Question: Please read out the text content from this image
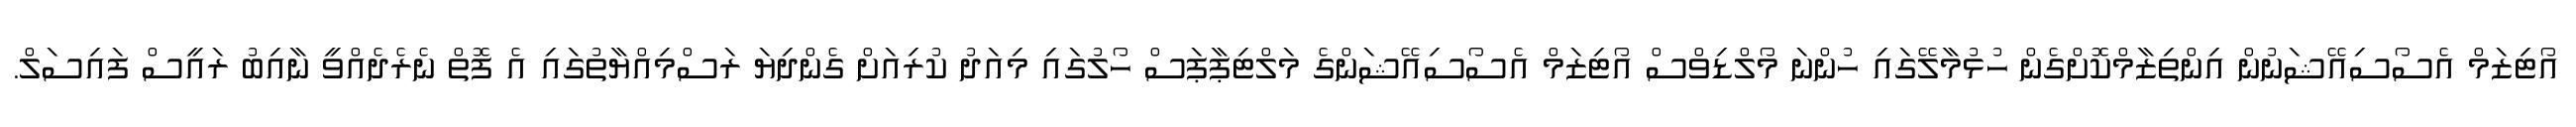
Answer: އޯޓިޒަމް އެސޯސިއޭޝަނުން އިންތިޒާމްކޮށްގެން ހުޅުމާލޭގައި ހުންނަ މޯލްޑިވްސް އޯޓިޒަމް އެސޯސިއޭޝަންގެ މަލްޓިޕާޕަސް ހޯލުގައި މިއަދު ކުރިއަށް ގެންދިޔަ ރަސްމިއްޔާތުގައި އެ ފޮތް ނެރެދެއްވީ ނާއިބު ރައީސް ފައިސަލް.